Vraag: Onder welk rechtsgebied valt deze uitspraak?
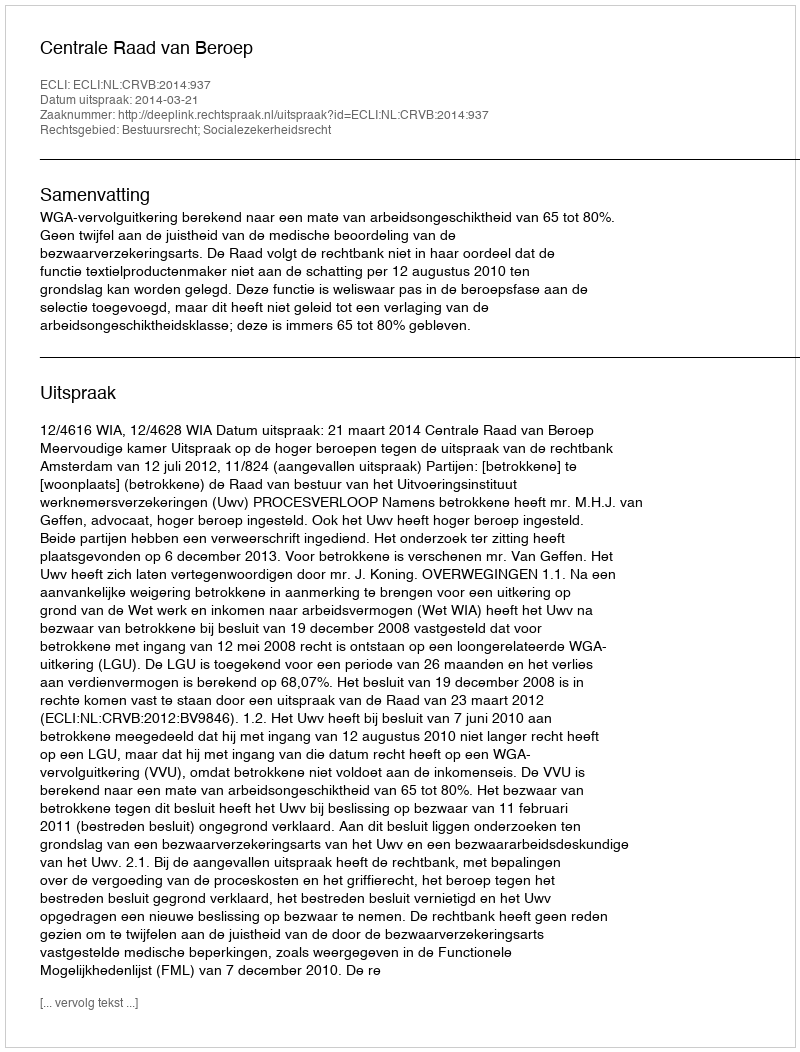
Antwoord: Bestuursrecht; Socialezekerheidsrecht